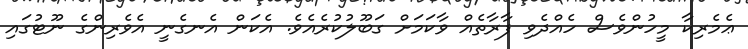
ޢެމެރިކާ މީހުންވެސް ހެއްދެވި ފާރާތެއް ވާކަމަށް ގަބޫލުކުރެއެވެ. އެކަން އެނގެނީ އެވެރިންގެ ނޫޓުގައި